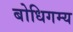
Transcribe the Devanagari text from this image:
बोधिगम्य